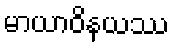
မာယာဝိနယဿ